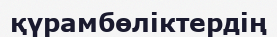
қүрамбөліктердің